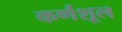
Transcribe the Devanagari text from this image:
कर्णशूल